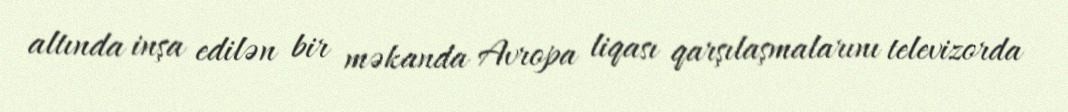
altında inşa edilən bir məkanda Avropa liqası qarşılaşmalarını televizorda